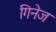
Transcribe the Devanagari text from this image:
गिनेज